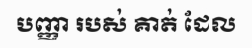
បញ្ញា របស់ គាត់ ដែល